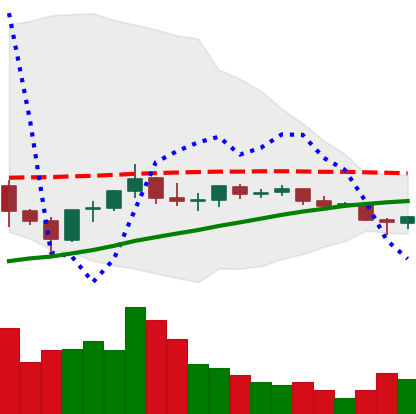
Ticker: EOS-USD
Chart end date: 2021-06-09
Forward return: -3.556%
Label: down_3_5